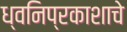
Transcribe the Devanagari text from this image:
ध्वनिप्रकाशाचे